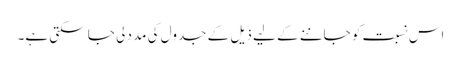
اس نسبت کو جاننے کے لیے ذیل کے جدول کی مدد لی جا سکتی ہے۔